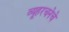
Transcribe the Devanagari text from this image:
व्यूहरचनेचे